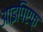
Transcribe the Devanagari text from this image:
आइपिएफ़